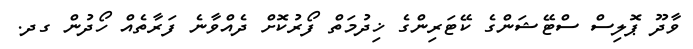
ވާދޫ ޕޮލިސް ސްޓޭޝަންގެ ކޭޓަރިންގެ ޚިދުމަތް ފޯރުކޮށް ދެއްވާނެ ފަރާތެއް ހޯދުން ގދ.